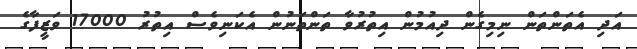
އަދި އެތަންތަން ނިމިގެން ދިއުމުން އިތުރުވާ ތަންތަނުން އެކަނިވެސް އިތުރު 17000 ވަޒީފާގެ